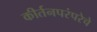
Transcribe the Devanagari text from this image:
कीर्तनपरंपरेचे